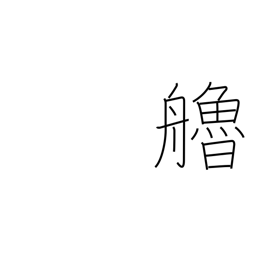
Meaning: oar